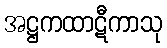
အဋ္ဌကထာဋီကာသု